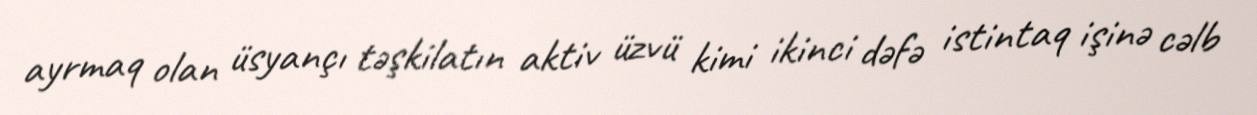
ayrmaq olan üsyançı təşkilatın aktiv üzvü kimi ikinci dəfə istintaq işinə cəlb